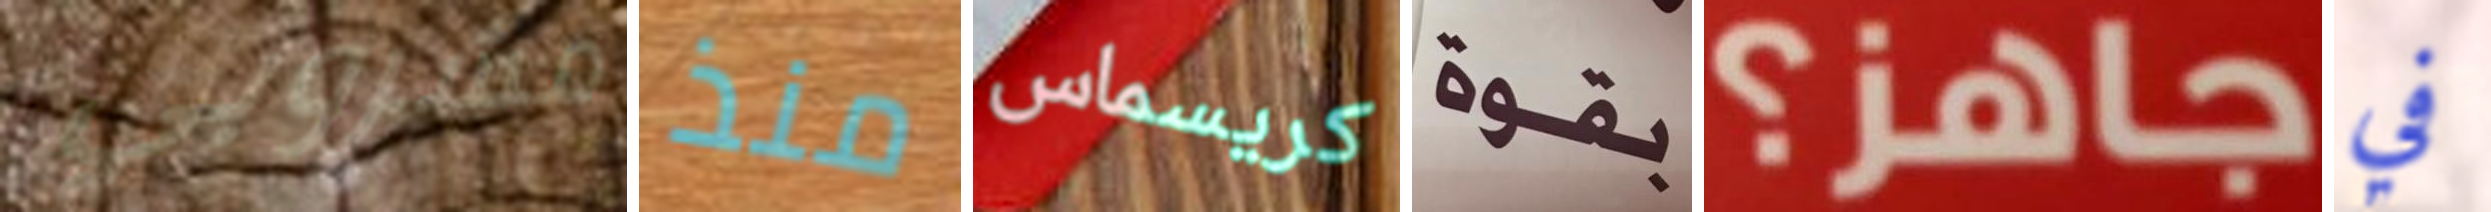
مشروبي منذ كريسماس بقوة جاهز؟ في